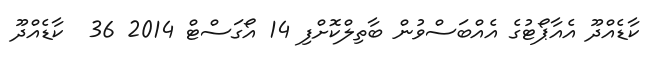
ކާޑެއްދޫ އެއާޕޯޓުގެ އެއްބަސްވުން ބާތިލްކޮށްފި 14 އޯގަސްޓް 2014 36  ކާޑެއްދޫ